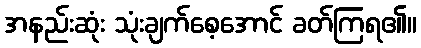
အနည်းဆုံး သုံးချက်စေ့အောင် ခတ်ကြရ၏။